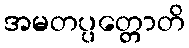
အမတပ္ပတ္တောတိ